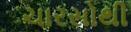
ચારસોથી